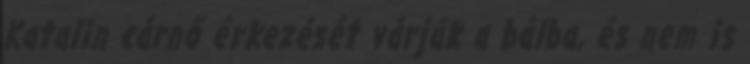
Katalin cárnő érkezését várják a bálba, és nem is